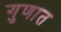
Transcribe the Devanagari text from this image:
गुणात